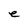
Character: e